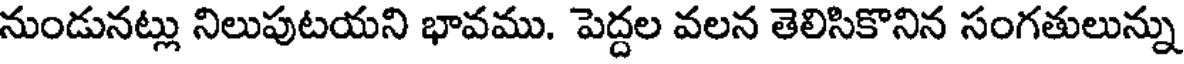
నుండునట్లు నిలుపుటయని భావము. పెద్దల వలన తెలిసికొనిన సంగతులున్ను